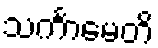
သင်္ကာမေတိ